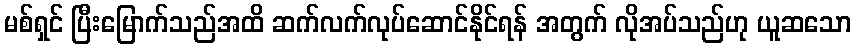
မစ်ရှင် ပြီးမြောက်သည်အထိ ဆက်လက်လုပ်ဆောင်နိုင်ရန် အတွက် လိုအပ်သည်ဟု ယူဆသော